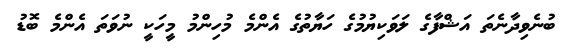
ބުނެވިދާނެތަ އަޝްފާގެ ލަވަކިޔުމުގެ ހަޔާތުގެ އެންމެ މުހިންމު މީހަކީ ނުވަތަ އެންމެ ބޮޑު